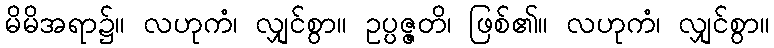
မိမိအရာ၌။ လဟုကံ၊ လျှင်စွာ။ ဥပ္ပဇ္ဇတိ၊ ဖြစ်၏။ လဟုကံ၊ လျှင်စွာ။